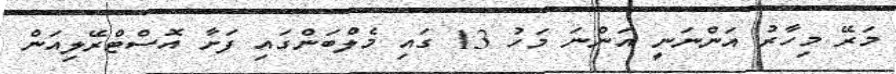
މަރޭ މިހާރު އަންނަނީ އަންނަ މަހު 13 ގައި މެލްބަންގައި ފަށާ އޮސްޓްރޭލިއަން